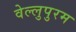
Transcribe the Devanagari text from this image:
वेल्लुपुरम